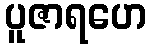
ပူဇာရဟေ